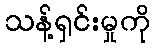
သန့်ရှင်းမှုကို